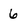
Character: 6